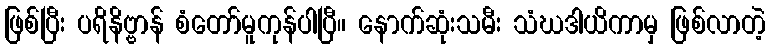
ဖြစ်ပြီး ပရိနိဗ္ဗာန် စံတော်မူကုန်ပါပြီ။ နောက်ဆုံးသမီး သံဃဒါယိကာမှ ဖြစ်လာတဲ့